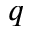
q